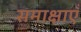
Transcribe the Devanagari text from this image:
समाक्षाएँ